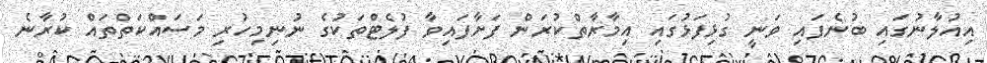
އިއުލާނުގައި ބުނެފައި ވަނީ ގުޅިފަޅުގައި އިމާރާތްކުރަން ފަށާފައިވާ ފުލެޓްތަކުގެ ނުނިމިހުރި މަސައްކަތްތައް ކުރާނެ